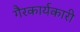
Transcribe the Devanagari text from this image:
गैरकार्यकारी